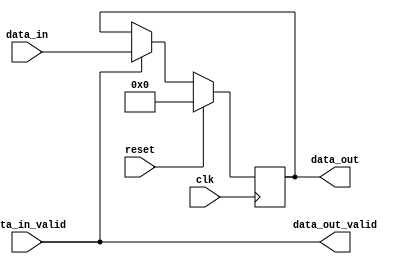
module bypass_register (
    input wire       clk,
    input wire       reset,
    input wire [7:0] data_in,
    input wire       data_in_valid,
    output wire [7:0] data_out,
    output wire      data_out_valid
);

reg [7:0] data_reg;

always @(posedge clk) begin
    if (reset) begin
        data_reg <= 8'b0;
    end else begin
        if (data_in_valid) begin
            data_reg <= data_in;
        end
    end
end

assign data_out = data_reg;
assign data_out_valid = data_in_valid;

endmodule